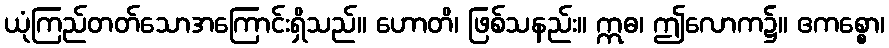
ယုံကြည်တတ်သောအကြောင်းရှိသည်။ ဟောတိ၊ ဖြစ်သနည်း။ ဣဓ၊ ဤလောက၌။ ဧကစ္စော၊